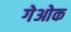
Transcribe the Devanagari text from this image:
गेओक